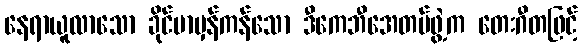
နေရာယူလာသော ခိုင်မာမှန်ကန်သော ဒီကေဘီအေတပ်ဖွဲ့က တေးဂီတဖြင့်